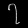
Digit: ၇